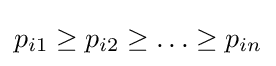
p_{i1}\geq p_{i2}\geq \ldots \geq p_{in}